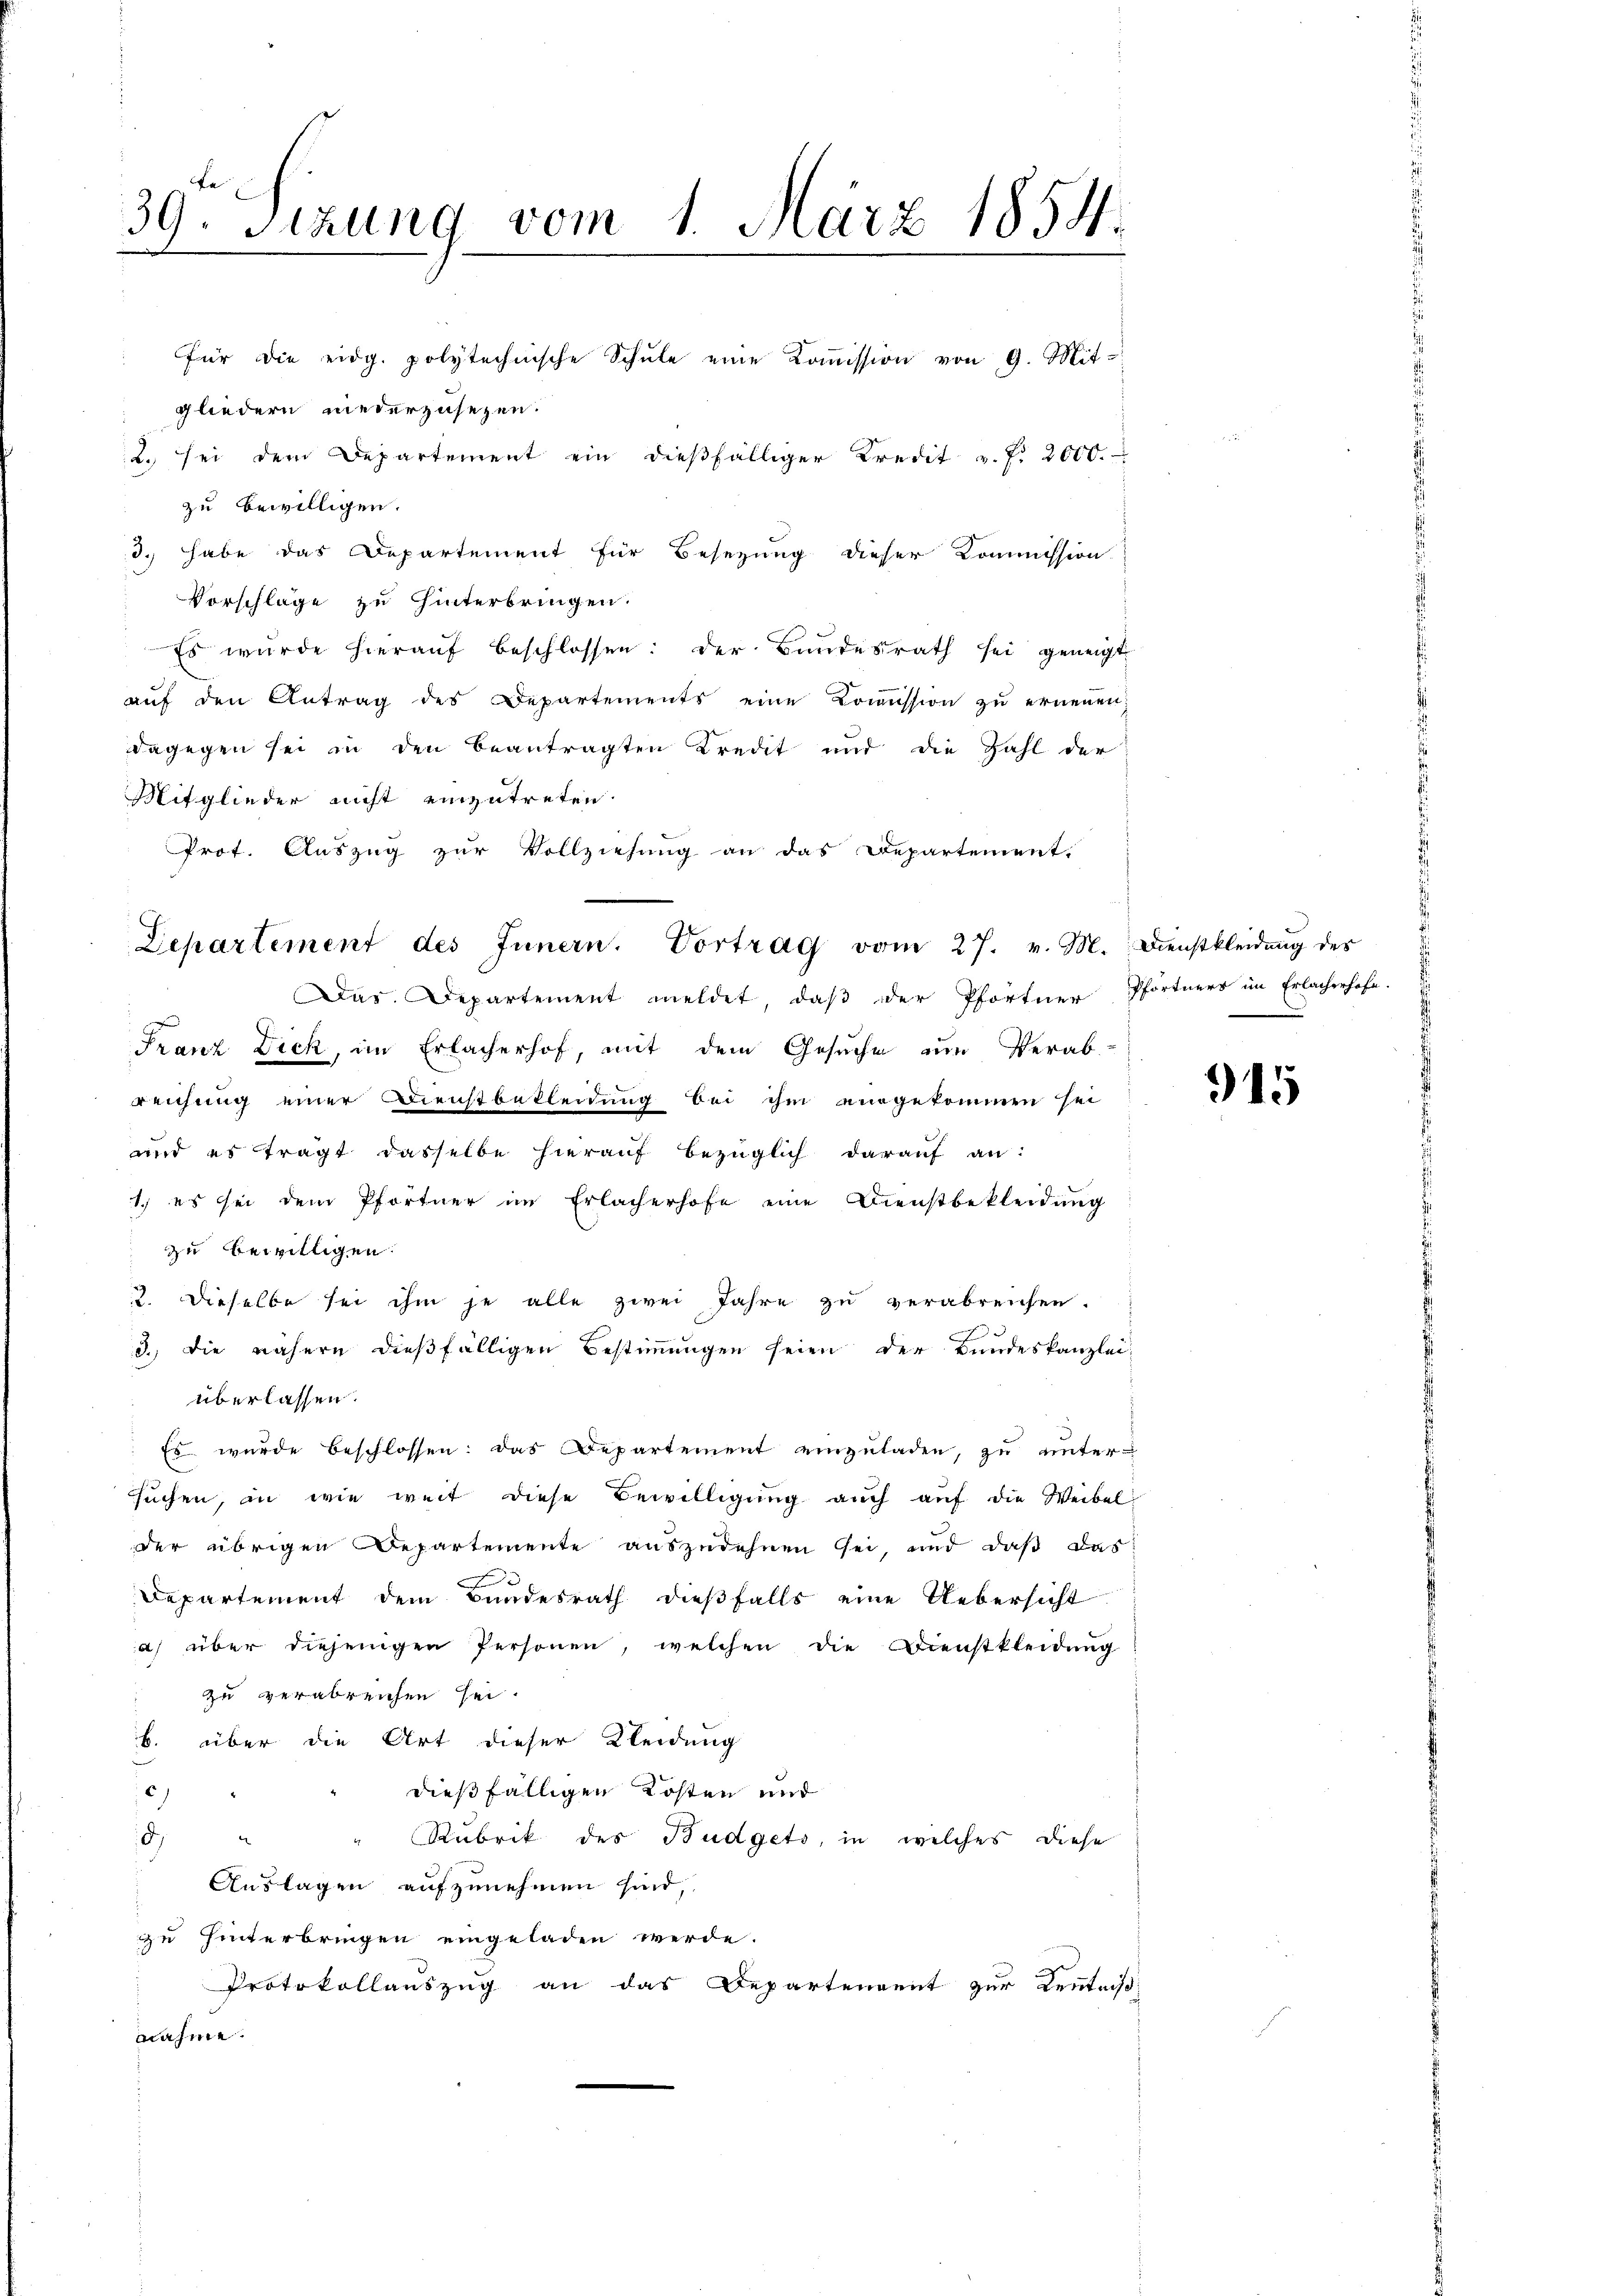
39. Sitzung vom 1. März 1854.

für die eidg. polytechnische Schŭle eine Koṁission von 9. Mit-
gliedern niederzusezen.
2. sei dem Departement ein dießfälliger Kredit v. J. 2000.
zu bewilligen.
3. habe das Departement für Besezung dieser Kommission
Vorschläge zu hinterbringen.
Es wŭrde hieraŭf beschlossen: der Bundesrath sei geneigt
aŭf den Antrag des Departements eine Koṁission zŭ erneṅen;
dagegen sei in den beantragten Kredit und die Zahl der
Mitglieder nicht einzutreten.
Prot. Auszug zur Vollziehung an das Departement,
Das. Departement meldet, daβ der Pförtner Pförtners im Erlacherhofe.
Franz Dick, im Erlacherhof, mit dem Gesuche um Verab-
reichung einer Dienstbekleidung bei ihm eingekommen sei
und es tragt dasselbe hierauf bezüglich darauf an:
1) es sei dem Pförtner im Erlacherhofe eine Dienstbekleidŭng
zu bewilligen.
2. Dieselbe sei ihm je alle zwei Jahre zu verabreichen.
1
d. Die nähern dießfälligen Bestimmungen seien der Bundeskanzlei-
überlassen.
Es wurde beschlossen: das Departement einzuladen, zu untersuchen, an wie weit diese Bewilligŭng aŭch auf die Weibel-
der übrigen Departemente auszudehnen sei, und daß dase
u
Departement dem Bundesrath dieβfalls eine Uebersicht
a) über diejenigen Personen, welchen die Dienstkleidŭng
zu verabreichen sei.
b. über die Art dieser Kleidung
)
dießfälligen Kosten und
Rubrik des Budgets, in welches diese
d
Auslagen aufzunehmen sind,
zu hinterbringen eingeladen werde.
Protokollauszug an das Departenannt zur Kenntniß
nahme.

Departement des Innern. Vortrag vom 27. v. M. Dienstkleidŭng des

915